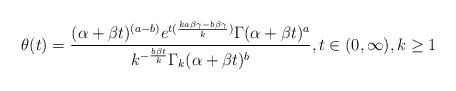
\begin{align*} \theta(t)=\frac{(\alpha+\beta t)^{(a-b)} e^{t(\frac{ka\beta \gamma - b\beta \gamma}{k})}\Gamma(\alpha+\beta t)^a}{k^{-\frac{b\beta t}{k}} \Gamma_k(\alpha+\beta t)^b}, t\in (0,\infty), k\geq1\end{align*}